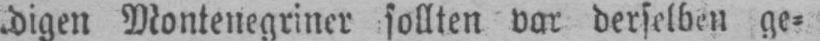
digen Montenegriner sollten vor derselben ge⸗